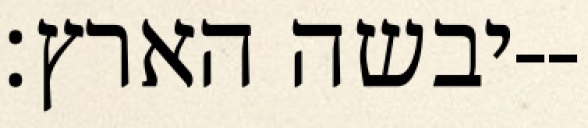
יבשה הארץ׃--